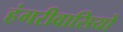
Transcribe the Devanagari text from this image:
हंगरीवासियों